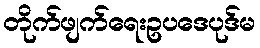
တိုက်ဖျက်ရေးဥပဒေပုဒ်မ